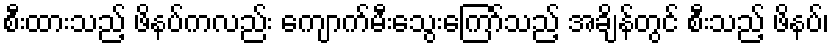
စီးထားသည့် ဖိနပ်ကလည်း ကျောက်မီးသွေးကြော်သည့် အချိန်တွင် စီးသည့် ဖိနပ်၊